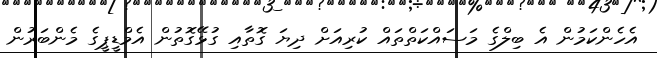
އެހެންކަމުން އެ ބިލްގެ މަސައްކަތްތައް ކުރިއަށް ދިޔަ ގޮތާއި ގުޅޭގޮތުން އެމްޑީޕީގެ މެންބަރުން